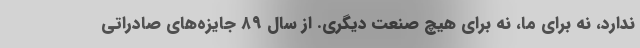
ندارد، نه برای ما، نه برای هیچ صنعت دیگری. از سال ۸۹ جایزه‌های صادراتی